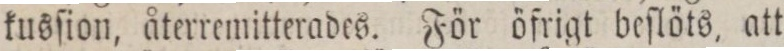
kusſion, återremitterades. För öfrigt beſlöts, att